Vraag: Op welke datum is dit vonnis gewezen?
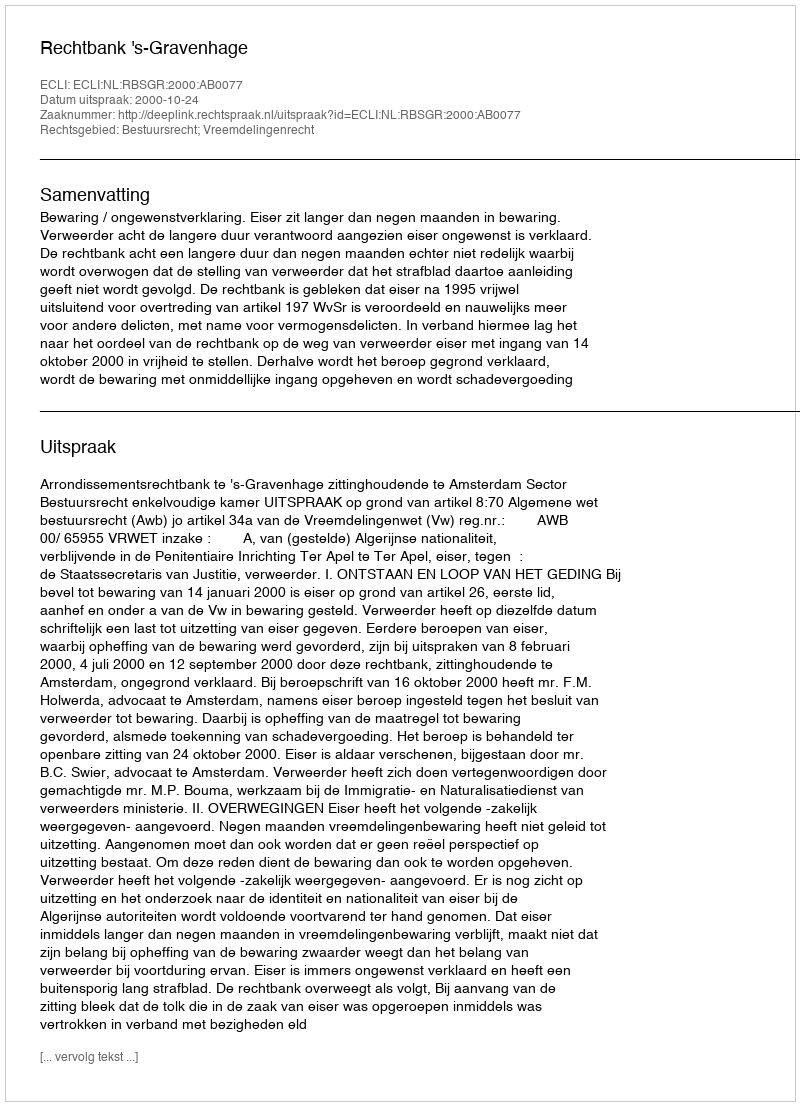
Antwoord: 2000-10-24